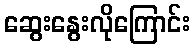
ဆွေးနွေးလိုကြောင်း